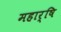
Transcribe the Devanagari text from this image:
महार्षि